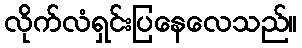
လိုက်လံရှင်းပြနေလေသည်။